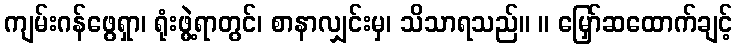
ကျမ်းဂန်ဖွေရှာ၊ ရုံးဖွဲ့ရာတွင်၊ စာနာလျှင်းမှ၊ သိသာရသည်။ ။ မြှော်ဆထောက်ချင့်